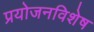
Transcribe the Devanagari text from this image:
प्रयोजनविशेष